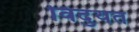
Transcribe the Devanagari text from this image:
विदुयत